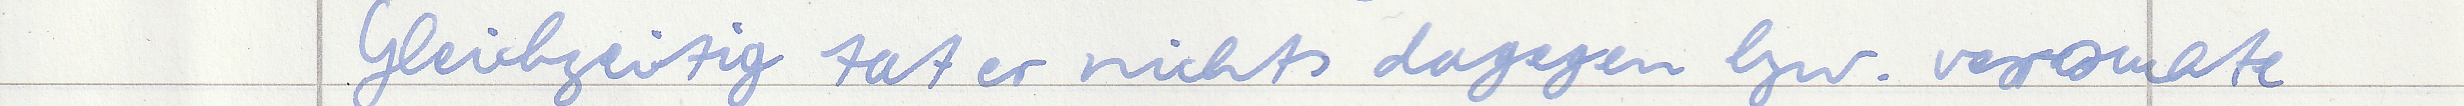
Gleichzeitig tat er nichts dagegen bzw. versuchte